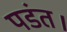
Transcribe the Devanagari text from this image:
पडंत।